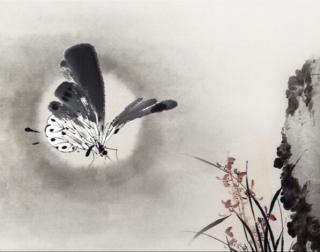
锁离愁，连绵无际，来时陌上初熏。